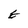
Character: E